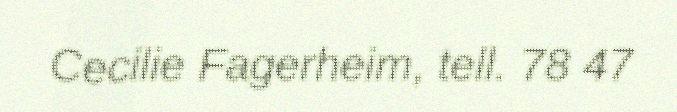
Cecilie Fagerheim, tell. 78 47